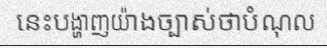
នេះបង្ហាញយ៉ាងច្បាស់ថាបំណុល